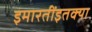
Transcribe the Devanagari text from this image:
इमारतींइतक्या